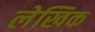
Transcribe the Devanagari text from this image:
लेखिक